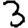
Digit: 3